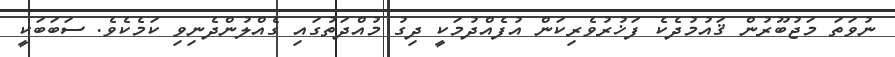
ނުވަތަ މަޖުބޫރުން ޤައުމުދެކެ ފަޚުރުވެރިކަން އުފެއްދުމަކީ ދިގު މުއްދަތުގައި ގެއްލުންދެނިވި ކަމެކެވެ. ސަބަބަކީ